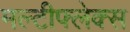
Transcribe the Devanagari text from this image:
मल्टीफ्लेक्स